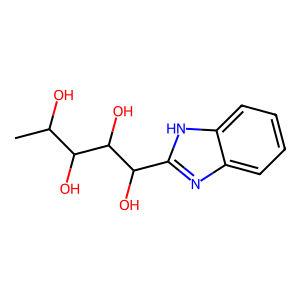
SMILES: CC(O)C(O)C(O)C(O)c1nc2ccccc2[nH]1
Inhibits HIV replication: No